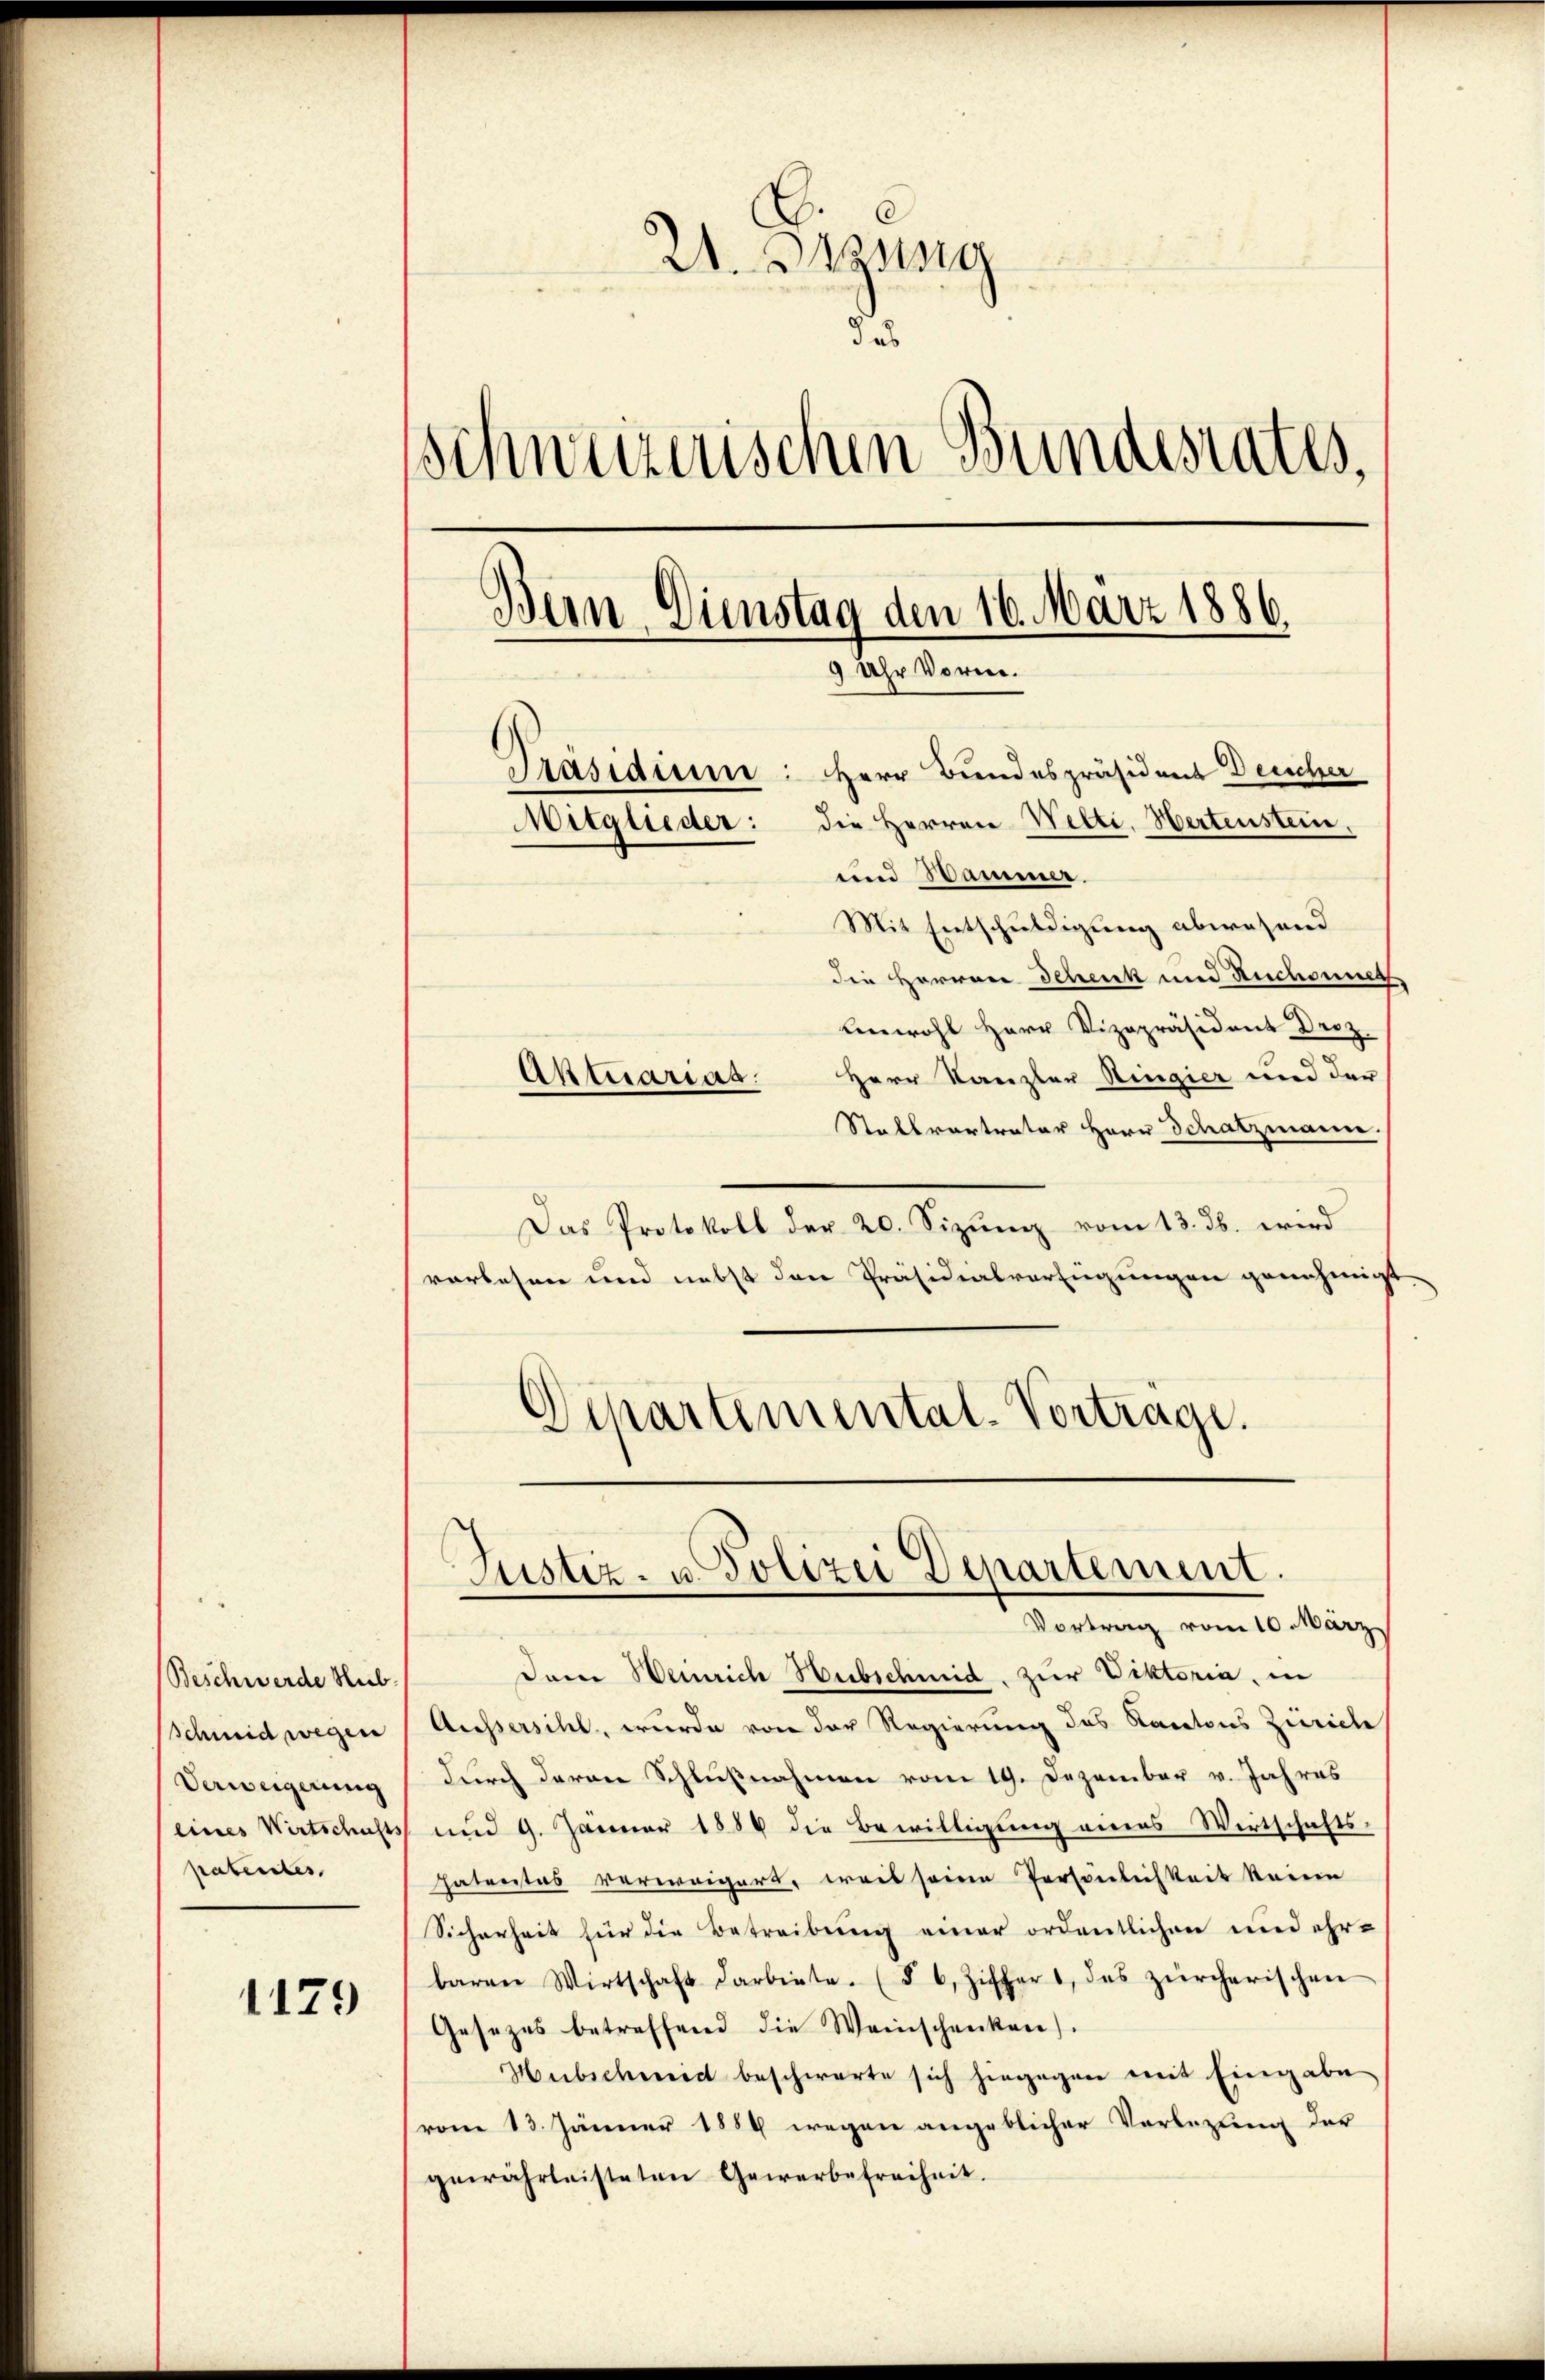
Beschwerde Hub
schmid wegen
Verweigerung
(eines Wirtschafts
patentes

1129

21. Opung
des
schweizerischen Bundesrates.
Bern Dienstag den 16. März 1886.
9 Uhr Vorrer.
Präsidium: Herr Bundespräsident Deucher
Mitglieder: die Herren Welti, Wertenstein,
und Sammer.
Mit Entschuldigung abwesend
die Herren Schenk und Ruchenne
unwohl Herr Vizepräsident Droz.
Herr Kanzler Ringier und der
Aktuarias.

Stallvertrator Herr Schatzmann
Das Protokoll der 20. Sizung vom 13. ds. wird
vorlesen und nebst den Präsidialverfügungen genehmigt
Justiz- u. Polizei Departement.
Vortrag vom 10. März
Dame Weinrich Hubschmid zur Viktoria, in
Aussersihl, wurde von der Regierung des Kantons Zürich
durch deren Schlußnahmen vom 19. Dezember v. Jahres
und 9. Januar 1884 die Bewilligung eines Wirtschaftshatrates verweigert, weis seinen Persönlichkeit keinen
Sicherheit für die Betreibung einer ordentlichen und ehr-
baren Wirtschaft darbiete. (§ 6, Ziffer, das zürcherischen
Gesezes betreffend die Weinschenken.
Hübschmid beschwerte sich hingegen mit Eingabe
(vom 13. Jänner 1889 wegen angeblicher Vorlegung der
gewährleisteten Gewerbefreiheit.

Departemental-Vortrage.